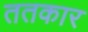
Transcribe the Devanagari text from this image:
ततकार